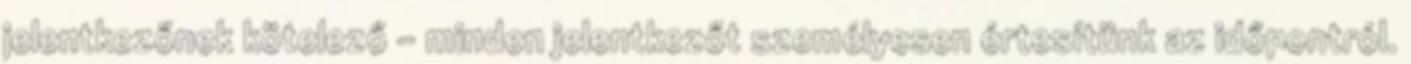
jelentkezőnek kötelező – minden jelentkezőt személyesen értesítünk az időpontról.